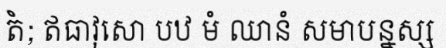
តំ; ឥធាវុសោ បឋ មំ ឈានំ សមាបន្នស្ស